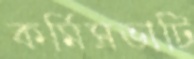
কর্মিসভাটি